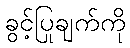
ခွင့်ပြုချက်ကို